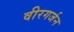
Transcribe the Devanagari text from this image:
वीरगर्जन